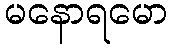
မနောရမော